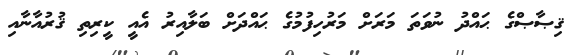
ޤިޞާޞްގެ ޙައްދު ނުވަތަ މަރަށް މަރުހިފުމުގެ ޙައްދަށް ބަލާއިރު އެއީ ކީރިތި ޤުރުއާނާއި